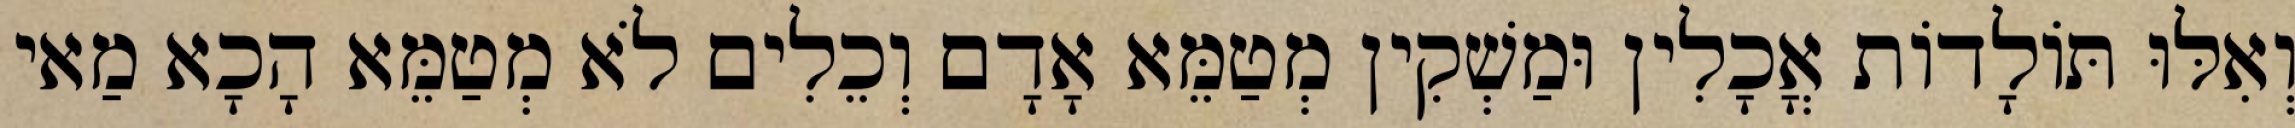
וְאִלּוּ תּוֹלָדוֹת אֳכָלִין וּמַשְׁקִין מְטַמֵּא אָדָם וְכֵלִים לֹא מְטַמֵּא הָכָא מַאי